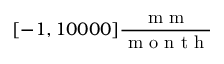
[ - 1 , 1 0 0 0 0 ] \frac { \mathrm { ~ m ~ m ~ } } { \mathrm { ~ m ~ o ~ n ~ t ~ h ~ } }